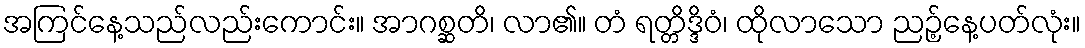
အကြင်နေ့သည်လည်းကောင်း။ အာဂစ္ဆတိ၊ လာ၏။ တံ ရတ္တိဒ္ဒိဝံ၊ ထိုလာသော ညဉ့်နေ့ပတ်လုံး။